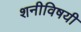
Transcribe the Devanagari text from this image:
शनीविषयी